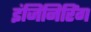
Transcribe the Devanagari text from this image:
इंजिनिरिंग